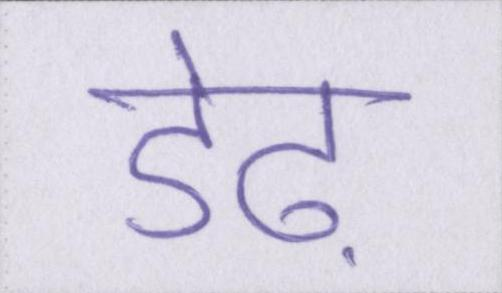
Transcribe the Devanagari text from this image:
डेढ़